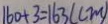
1 6 0 + 3 = 1 6 3 ( c m )